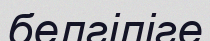
белгіліге